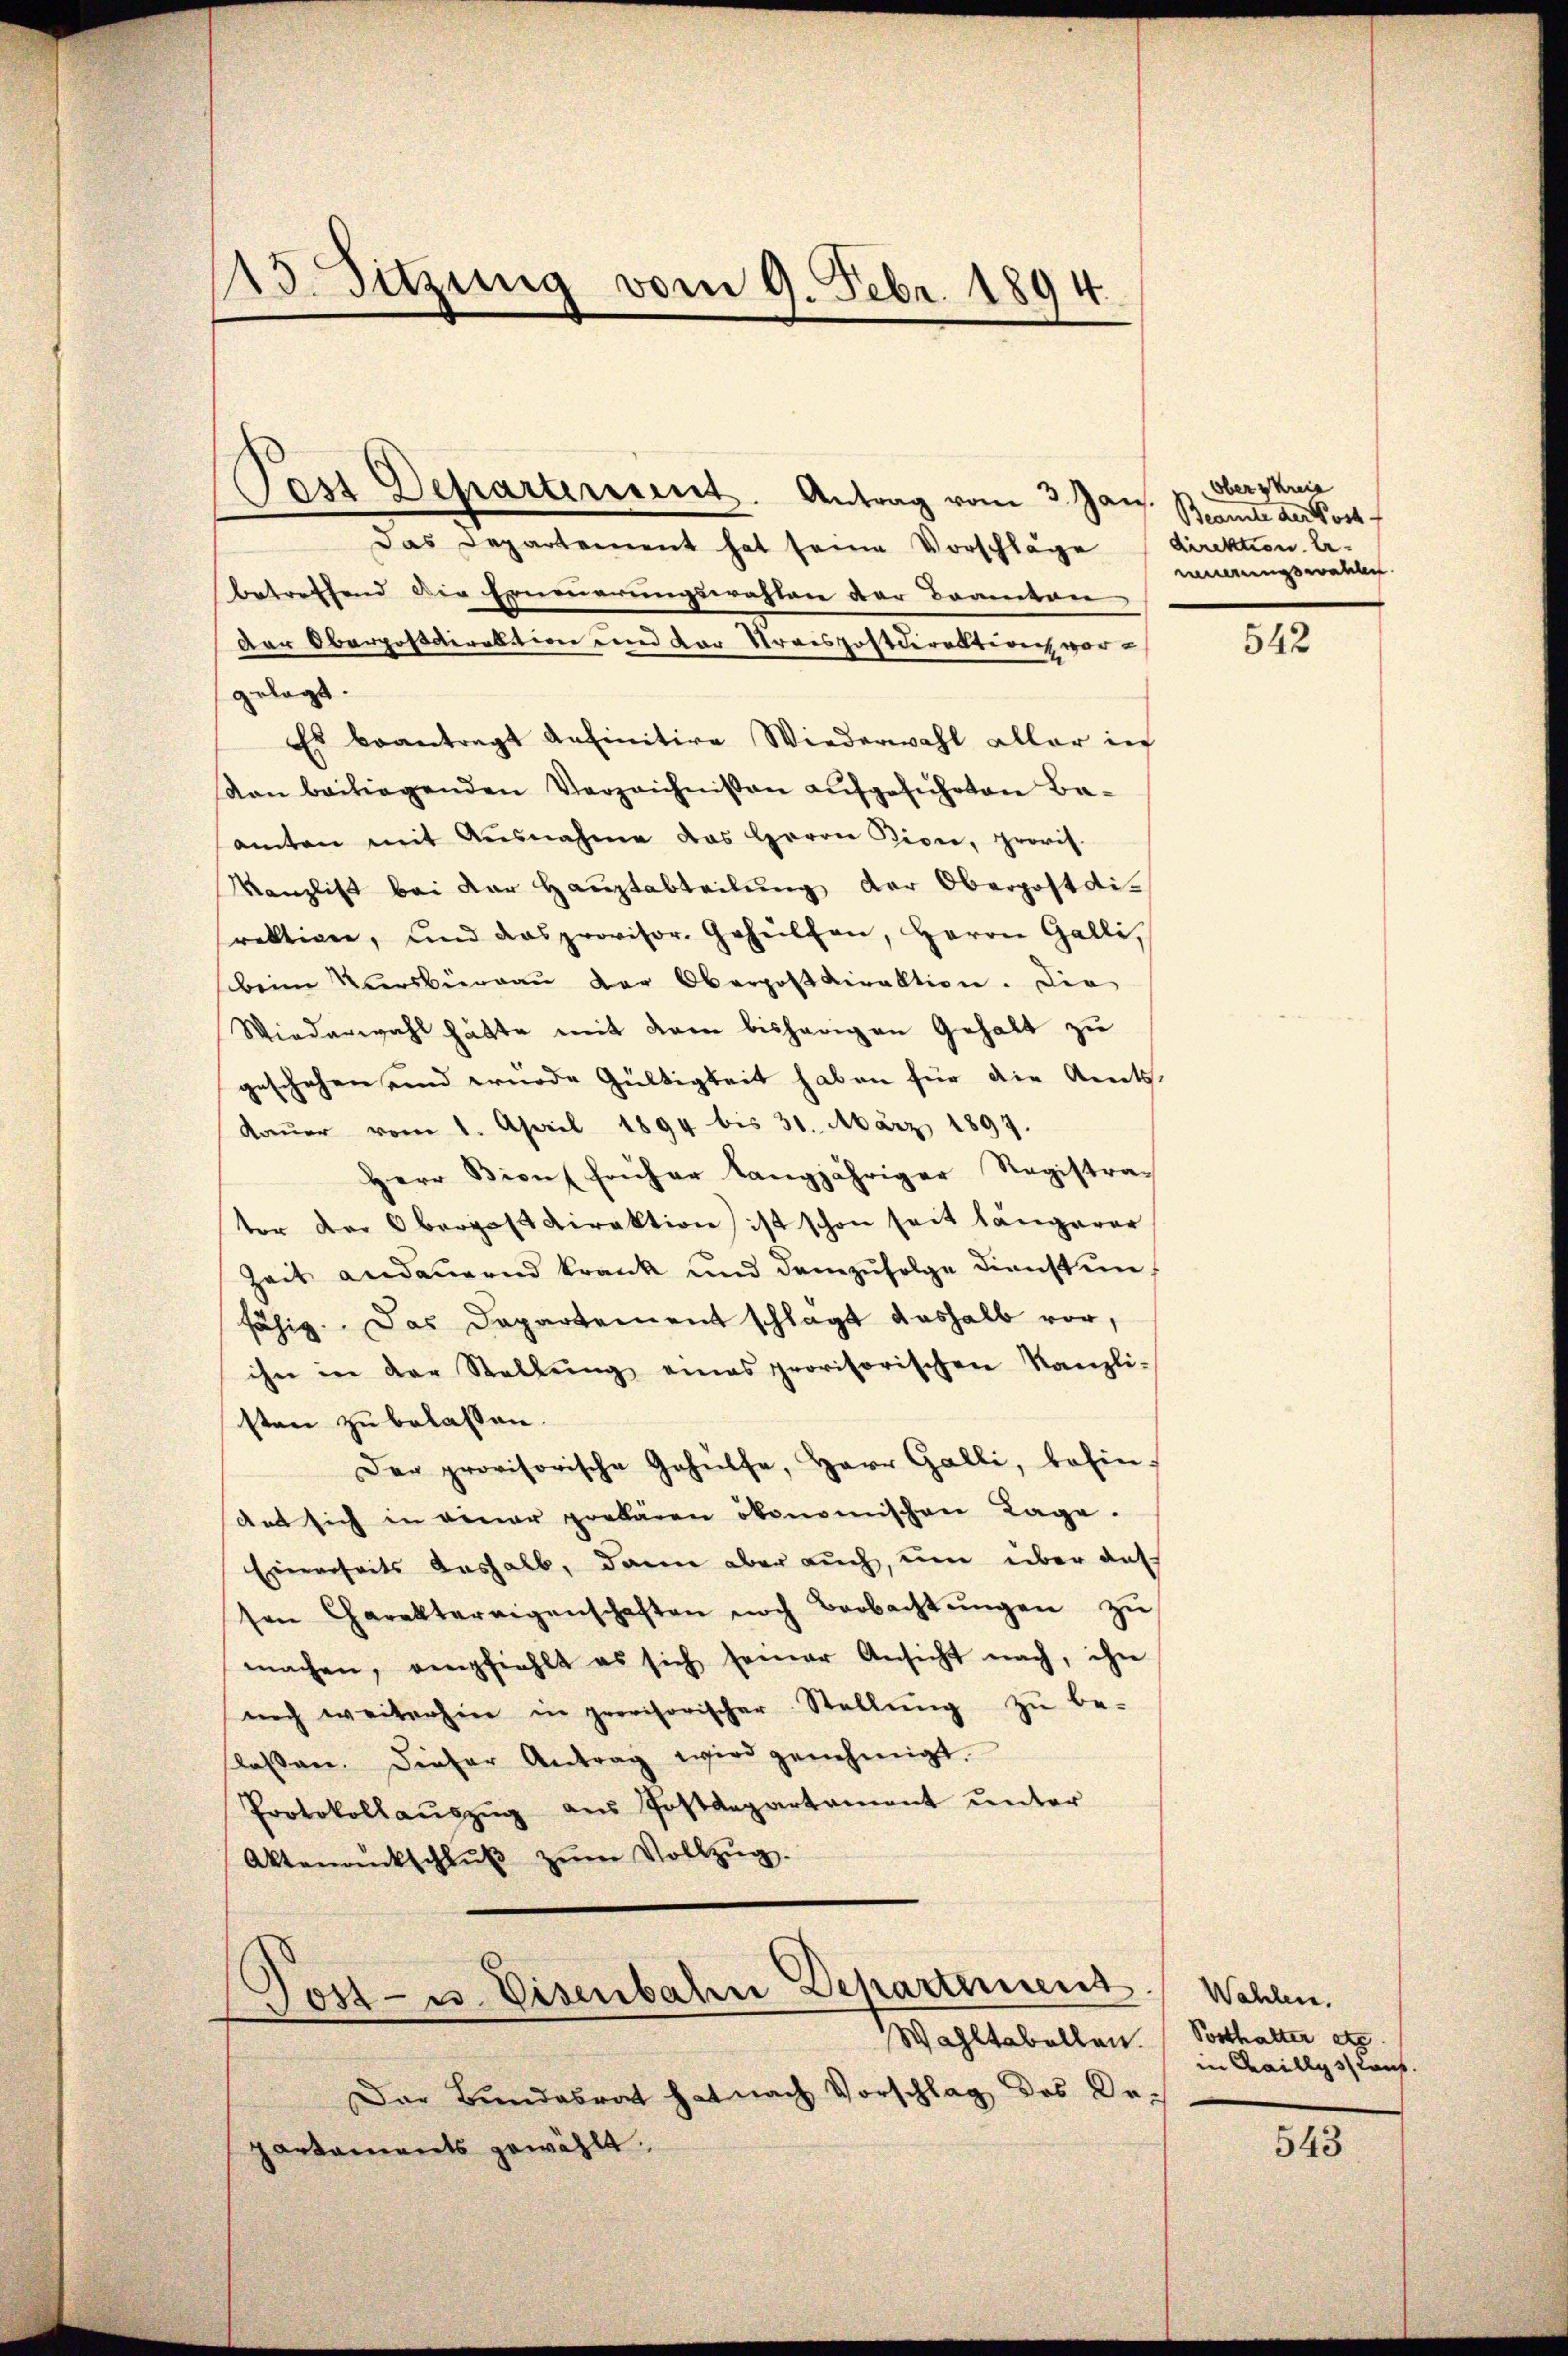
Pass Departement. Antrag vom 3. Jan. Brande an Fort¬
Das Departement hat seine Vorschläge (direktion be-
betreffend die Erneuerungswahlen der Beamten
der Oberpostdirektion und der Kraispostdirektion vorgelegt.
Es beantragt anfinitive Wiederwahl aller in
Von beiliegenden Verzeichnissen aufgeführten Baamten mit Ausnahme das Herrn Dione, provis.
Kanzlist bei der Hauptabteilung der Oberpostdirektion, und das provisor. Gehülfen, Herrn Galli,
beim Kursbergau der Oberpostdirektion. Die
Wiederwahl hätte mit dem bisherigen Gehalt zu
geschehensend wurde Gültigkeit haben für die Art.
Daŭer vom 1. April 1894 bis 31. März 1899.
Herr Bions früher langjähriger Registrater der Obergast Direktion ist schon seit längerer
Zeit andauernd krank und demzufolge Dienstunfähig. Das Departement schlagt deshalb vor,
ihn in der Stellŭng eines provisorischen Kanzli-
sten zu belassen.
Der provisorische Gehülfe, Herr Galli, befin-
dat sich in einer probaren ökonomischen Lage.
Einerseits deshalb, dann aber auch, um über auf
sen Charaktereigenschaften noch Beobachtŭngen zŭ
machen, empfiehlt es sich seiner Ansicht nach, ihre
noch weiterhin in provisorischer Stellŭng zŭ be-
flassen. Dieser Antrag wird genehmigt.
Protokollaŭszŭg aŭs Postdepartement ŭnter
Aktenrückschlŭβ zŭm Vollzŭg.
Post- u. Eisenbahn Departement. Wahlen.
Wahltabellen. / Posthalter etc
Der Bundesrat hat nach Vorschlag des Departaments gewählt.

13. Sitzung vom 9. Febr. 1894

Oberskreie
neuerungswahlen.

542

in Chaillysslauf.

543